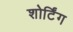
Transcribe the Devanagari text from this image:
शोर्टिंग